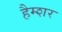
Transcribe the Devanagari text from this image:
हैम्शर